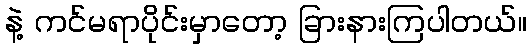
နဲ့ ကင်မရာပိုင်းမှာတော့ ခြားနားကြပါတယ်။